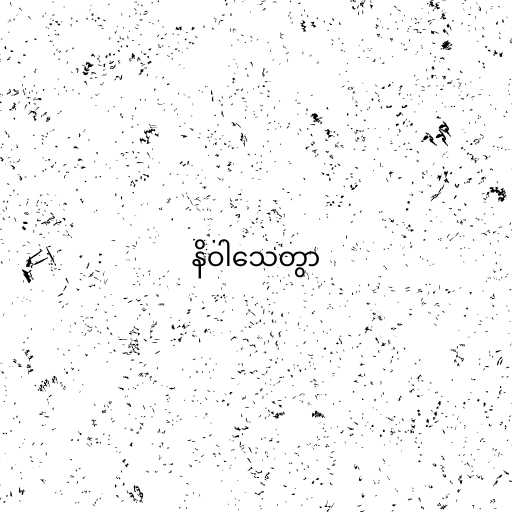
နိဝါသေတွာ